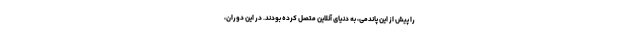
را پیش از این پاندمی، به دنیای آنلاین متصل کرده بودند. در این دوران،